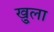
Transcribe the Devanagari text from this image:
खु्ला